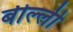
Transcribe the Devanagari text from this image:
बील्ली